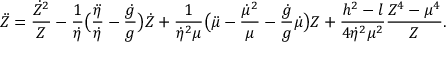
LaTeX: \ddot { Z } = { \frac { \dot { Z } ^ { 2 } } { Z } } - { \frac { 1 } { \dot { \eta } } } \bigl ( { \frac { \ddot { \eta } } { \dot { \eta } } } - { \frac { \dot { g } } { g } } \bigr ) \dot { Z } + { \frac { 1 } { \dot { \eta } ^ { 2 } \mu } } \bigl ( \ddot { \mu } - { \frac { \dot { \mu } ^ { 2 } } { \mu } } - { \frac { \dot { g } } { g } } \dot { \mu } \bigr ) Z + { \frac { h ^ { 2 } - l } { 4 \dot { \eta } ^ { 2 } \mu ^ { 2 } } } { \frac { Z ^ { 4 } - \mu ^ { 4 } } { Z } } .